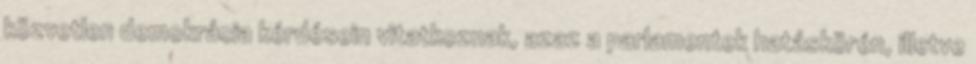
közvetlen demokrácia kérdésein vitatkoznak, azaz a parlamentek hatáskörén, illetve